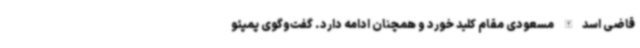
قاضی اسدالله مسعودی مقام کلید خورد و همچنان ادامه دارد. گفت‌وگوی پمپئو